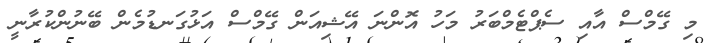
މި ގޭމްސް އާއި ސެޕްޓެމްބަރު މަހު އޮންނަ އޭޝިއަން ގޭމްސް އަޅުގަނޑުމެން ބޭނުންކުރާނީ